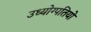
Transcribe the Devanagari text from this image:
उध्योग्पतियो